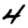
Digit: 4